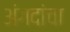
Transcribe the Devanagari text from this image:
अंगदांचा